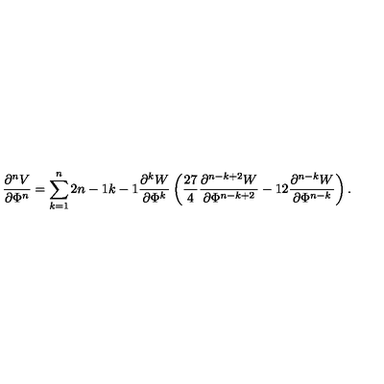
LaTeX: \frac { \partial ^ { n } V } { \partial \Phi ^ { n } } = \sum _ { k = 1 } ^ { n } 2 { \binom { n - 1 } { k - 1 } } \frac { \partial ^ { k } W } { \partial \Phi ^ { k } } \left( \frac { 2 7 } { 4 } \frac { \partial ^ { n - k + 2 } W } { \partial \Phi ^ { n - k + 2 } } - 1 2 \frac { \partial ^ { n - k } W } { \partial \Phi ^ { n - k } } \right) .